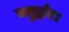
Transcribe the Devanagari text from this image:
चतुर्द्वार।